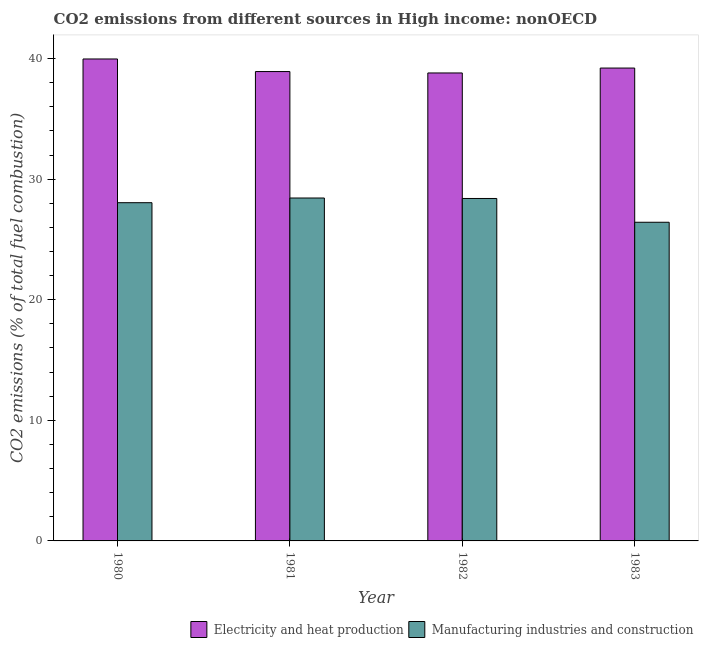
| Year | Electricity and heat production | Manufacturing industries and construction |
 | --- | --- | --- |
 | 1980 | 40 | 28 |
 | 1981 | 38.9 | 28.4 |
 | 1982 | 38.8 | 28.4 |
 | 1983 | 39.2 | 26.4 |